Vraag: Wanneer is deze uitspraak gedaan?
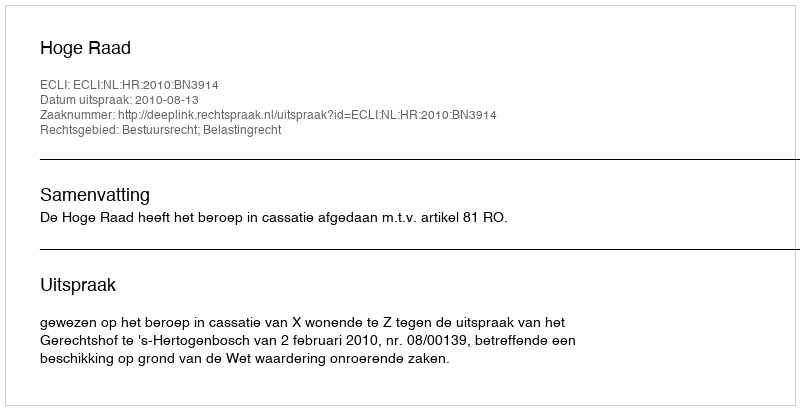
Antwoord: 2010-08-13